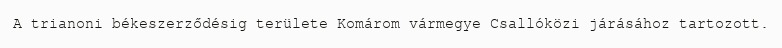
A trianoni békeszerződésig területe Komárom vármegye Csallóközi járásához tartozott.